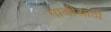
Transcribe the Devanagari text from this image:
गाडीसाठी